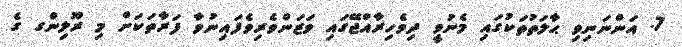
7. އަންނަނިވި ޙާލަތުތަކުގައި މެނުވީ ދިވެހިރާއްޖޭގައި ވަޒަންވެރިވެފައިނުވާ ފަރާތަކަށް މި ރޫލިންގ ގެ